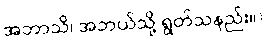
အဘာသိ၊ အဘယ်သို့ ရွတ်သနည်း။)